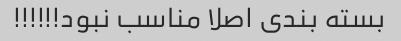
بسته بندی اصلا مناسب نبود!!!!!!